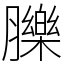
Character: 䑈